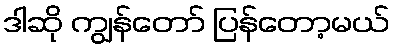
ဒါဆို ကျွန်တော် ပြန်တော့မယ်